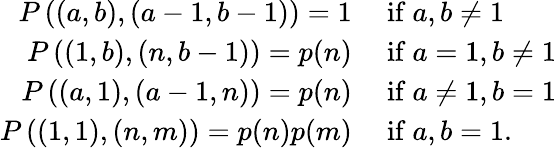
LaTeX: \begin{array}{rl}{P\left((a,b),(a-1,b-1)\right)=1}&{\mathrm{~if~}a,b\neq 1}\\ {P\left((1,b),(n,b-1)\right)=p(n)}&{\mathrm{~if~}a=1,b\neq 1}\\ {P\left((a,1),(a-1,n)\right)=p(n)}&{\mathrm{~if~}a\neq 1,b=1}\\ {P\left((1,1),(n,m)\right)=p(n)p(m)}&{\mathrm{~if~}a,b=1.}\end{array}